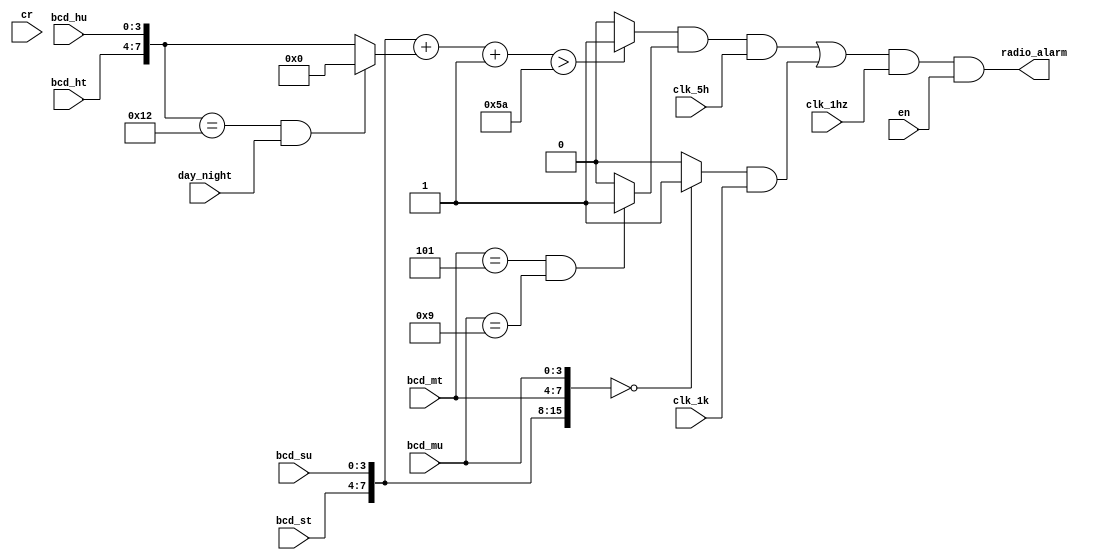
`timescale 1ns / 1ps
//////////////////////////////////////////////////////////////////////////////////
// Company: 
// Engineer: 
// 
// Design Name: 
// Module Name:    radio 
// Project Name: 
// Target Devices: 
// Tool versions: 
// Description: 
//
// Dependencies: 
//
// Revision: 
// Revision 0.01 - File Created
// Additional Comments: 
//
//////////////////////////////////////////////////////////////////////////////////
module radio(
    input [3:0] bcd_su,
    input [3:0] bcd_st,
    input [3:0] bcd_mu,
    input [3:0] bcd_mt,
    input [3:0] bcd_hu,
    input [3:0] bcd_ht,
    input clk_1k,
    input clk_5h,
    input clk_1hz,
    input en,
    input cr,
    input day_night,
    output radio_alarm
    );
	 wire ld,min_equ;
	 wire equ,grt,less,noon;
	 wire [3:0] bcd_temp_hu,bcd_temp_ht;
	 assign noon=({bcd_ht,bcd_hu}==5'h12);//12
	 assign {bcd_temp_ht,bcd_temp_hu}=(noon&day_night)?8'h00:{bcd_ht,bcd_hu};//12120
	 assign min_equ=((bcd_mt==5)&&(bcd_mu==9))?1'b1:1'b0;//
	 assign equ=({bcd_st,bcd_su,bcd_mt,bcd_mu}==16'h0000)?1'b1:1'b0;//
	 assign grt=(({bcd_st,bcd_su}+{bcd_temp_ht,bcd_temp_hu}+8'h1)>8'h5a)?1'b1:1'b0;
	 assign radio_alarm=(((grt&min_equ&clk_5h)|(equ&clk_1k))&clk_1hz)&en;//500hz1khz
	 
endmodule